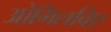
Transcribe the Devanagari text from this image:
ओगिलविए